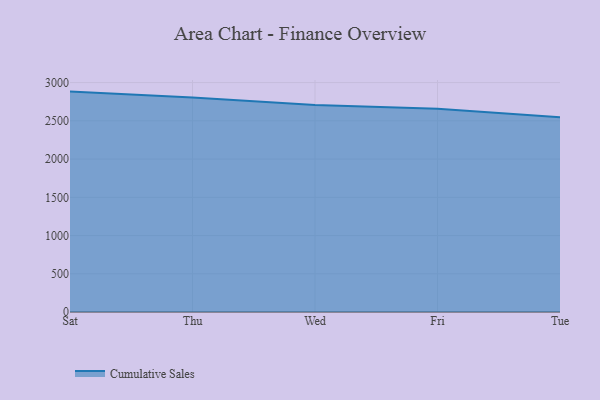
{"axis": {"x": "Day", "y": "LTV (USD)"}, "legend": ["Cumulative Sales"], "data": [{"x": "Sat", "y": 2882.2, "type": "Cumulative Sales"}, {"x": "Thu", "y": 2806.0, "type": "Cumulative Sales"}, {"x": "Wed", "y": 2705.8, "type": "Cumulative Sales"}, {"x": "Fri", "y": 2658.3, "type": "Cumulative Sales"}, {"x": "Tue", "y": 2547.7, "type": "Cumulative Sales"}]}